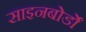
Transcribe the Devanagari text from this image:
साइनबोर्डों